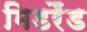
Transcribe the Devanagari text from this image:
मिडरैंड